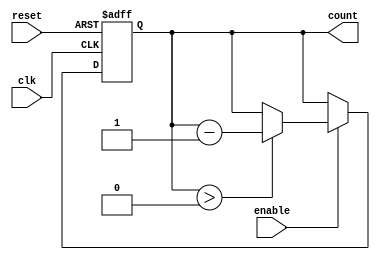
module down_counter (
    input wire clk,             // Clock input
    input wire enable,          // Enable signal
    input wire reset,           // Asynchronous reset signal
    output reg [3:0] count      // 4-bit counter output
);

// Define the maximum count value (15 for a 4-bit counter)
parameter MAX_COUNT = 4'b1111;

always @(posedge clk or posedge reset) begin
    if (reset) begin
        // Asynchronous reset: set count to maximum value
        count <= MAX_COUNT;
    end else if (enable) begin
        // Decrement the count if enable is asserted
        if (count > 0) begin
            count <= count - 1;
        end
        // Optional: If you want it to wrap around to MAX_COUNT after reaching 0,
        // uncomment the following line:
        // else begin
        //     count <= MAX_COUNT;
        // end
    end
    // If enable is low, the counter retains its value (no need to handle this explicitly)
end

endmodule